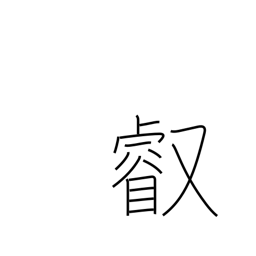
Meaning: imperial